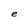
Character: e